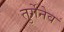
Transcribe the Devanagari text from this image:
तुर्गेनेव